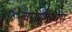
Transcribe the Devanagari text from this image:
वायुशोधन